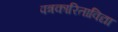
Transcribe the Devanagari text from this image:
पत्रकारिताविद्या